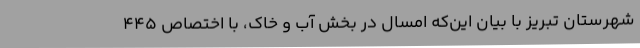
شهرستان تبریز با بیان این‌که امسال در بخش آب و خاک، با اختصاص 445